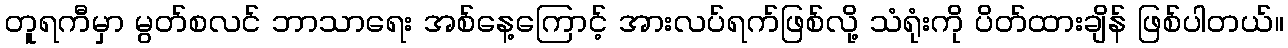
တူရကီမှာ မွတ်စလင် ဘာသာရေး အစ်နေ့ကြောင့် အားလပ်ရက်ဖြစ်လို့ သံရုံးကို ပိတ်ထားချိန် ဖြစ်ပါတယ်။